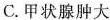
C.甲状腺肿大